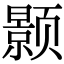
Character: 颢